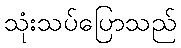
သုံးသပ်ပြောသည်